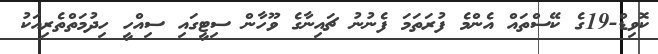
ކޮވިޑް-19ގެ ކޭސްތައް އެންމެ ފުރަތަމަ ފެނުނު ޗައިނާގެ ވޫހާން ސިޓީގައި ސިއްހީ ހިދުމަތްތެރިއަކު